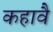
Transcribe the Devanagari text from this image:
कहावै